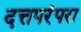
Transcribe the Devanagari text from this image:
दत्तपरंपरा